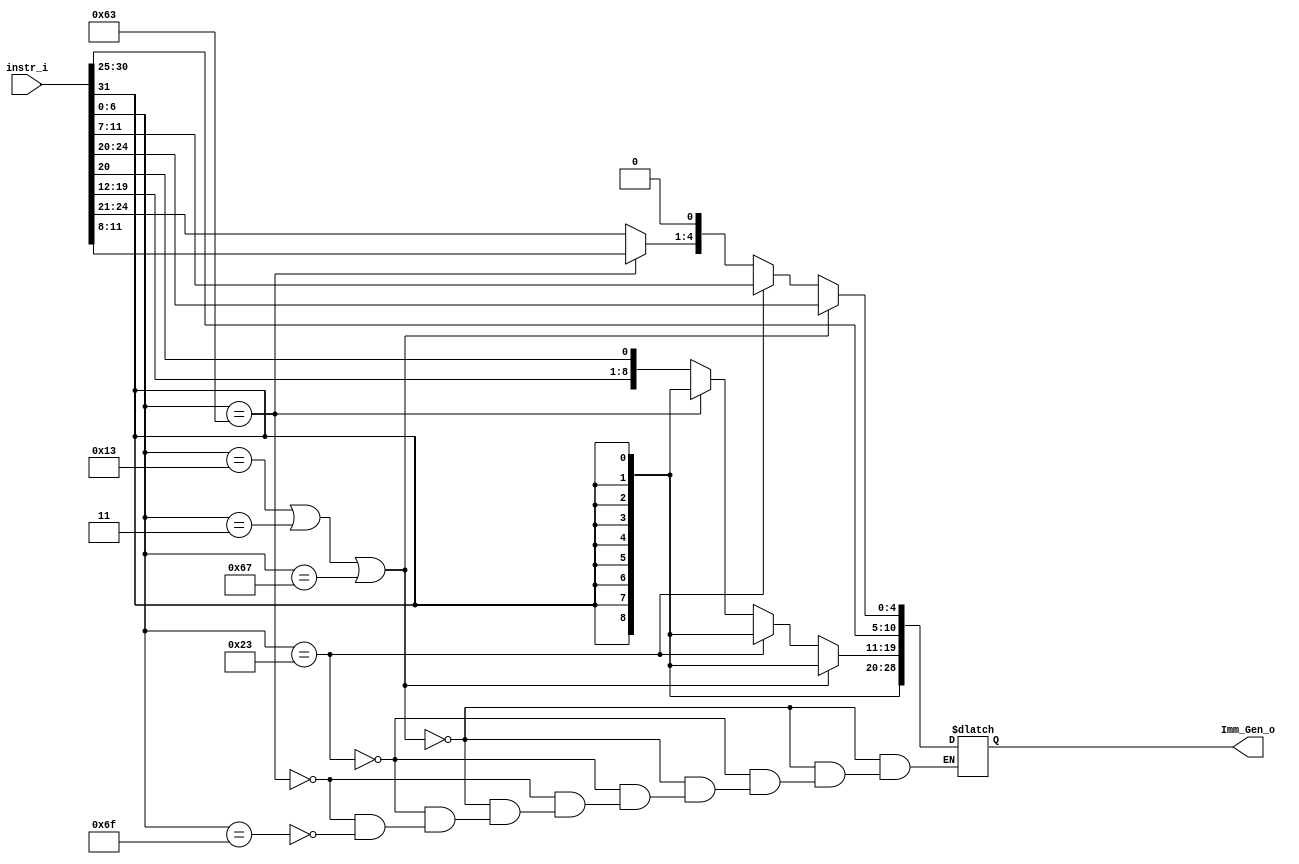
/***************************************************
Student Name:Shawn
Student ID:0816095
***************************************************/

   `timescale 1ns/1ps

   module Imm_Gen(
       input  [31:0] instr_i,
       output reg[31:0] Imm_Gen_o
   );

   //Internal Signals
   wire    [7-1:0] opcode;
   wire    [2:0]   func3;
   wire    [3-1:0] Instr_field;

   assign opcode = instr_i[6:0];
   assign func3  = instr_i[14:12];

   /* Write your code HERE */

    always@(*) begin
        if(opcode == 7'b0010011 || opcode == 7'b0000011 || opcode == 7'b1100111) begin // I-type
            Imm_Gen_o[31:11] = {21{instr_i[31]}};
            Imm_Gen_o[10:0] = instr_i[30:20];
        end
        else if(opcode == 7'b0100011) begin // S-type
            Imm_Gen_o[31:11] = {21{instr_i[31]}};
            Imm_Gen_o[10:5] = instr_i[30:25];
            Imm_Gen_o[4:0] = instr_i[11:7];
        end
        else if(opcode == 7'b1100011) begin // B-type
            Imm_Gen_o[31:11] = {21{instr_i[31]}};
            Imm_Gen_o[10:5] = instr_i[30:25];
            Imm_Gen_o[4:1] = instr_i[11:8];
            Imm_Gen_o[0] = 0;
        end
        else if(opcode == 7'b1101111) begin //j-type
            Imm_Gen_o[31:20] = {12{instr_i[31]}};
            Imm_Gen_o[19:12] = instr_i[19:12];
            Imm_Gen_o[11] = instr_i[20];
            Imm_Gen_o[10:1] = instr_i[30:21];
            Imm_Gen_o[0] = 0;
        end
    end


   endmodule